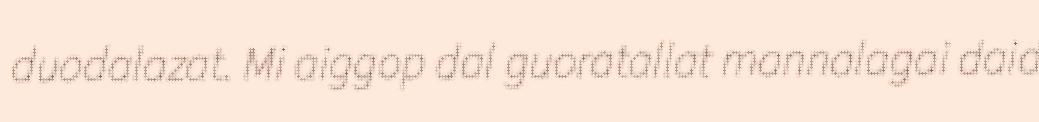
duodalazat. Mi aiggop dal guoratallat mannalagai daid